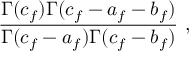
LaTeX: { \frac { \Gamma ( c _ { f } ) \Gamma ( c _ { f } - a _ { f } - b _ { f } ) } { \Gamma ( c _ { f } - a _ { f } ) \Gamma ( c _ { f } - b _ { f } ) } } \ ,